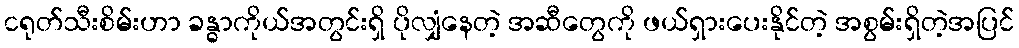
ငရုတ်သီးစိမ်းဟာ ခန္ဓာကိုယ်အတွင်းရှိ ပိုလျှံနေတဲ့ အဆီတွေကို ဖယ်ရှားပေးနိုင်တဲ့ အစွမ်းရှိတဲ့အပြင်